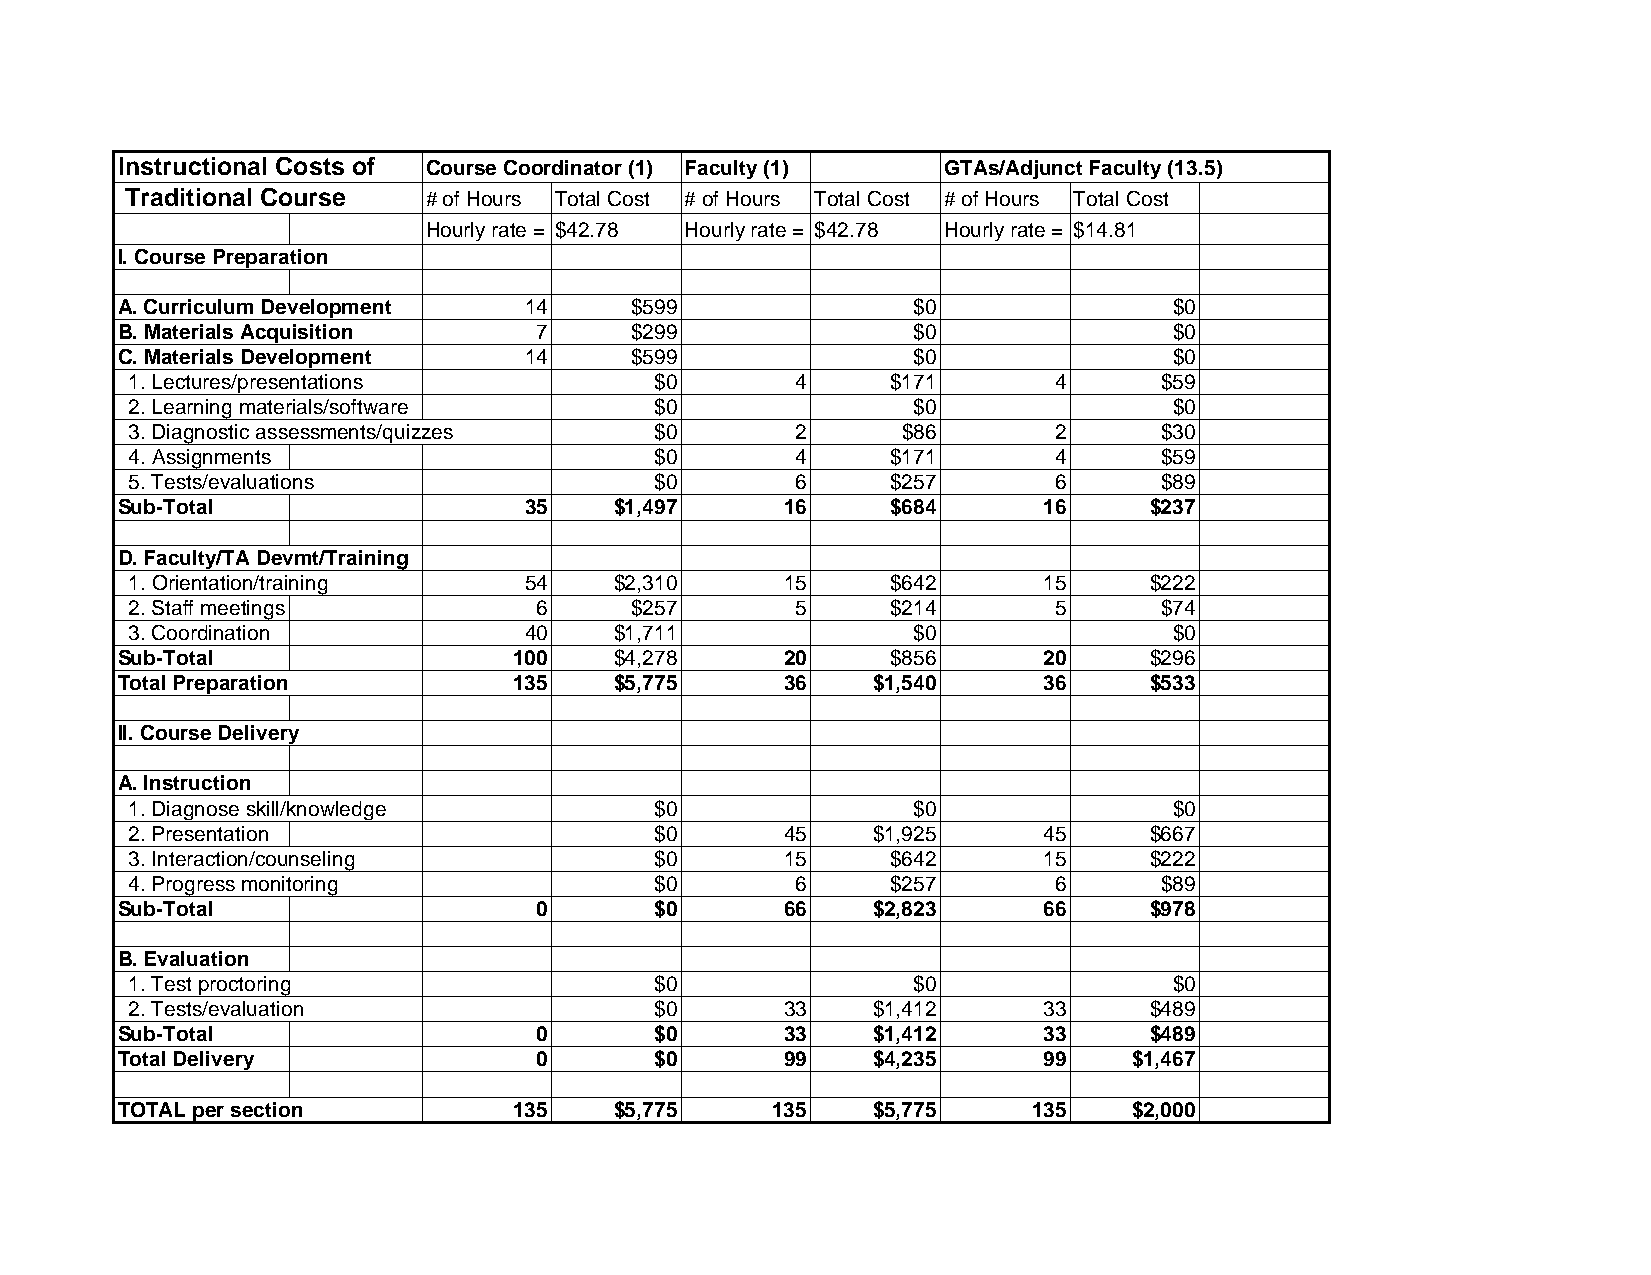
Instructional Costs of Course Coordinator (1) Faculty (1) GTAs/Adjunct Faculty (13.5)
 Traditional Course  # of Hours Total Cost # of Hours Total Cost # of Hours Total Cost
 Hourly rate = $42.78 Hourly rate = $42.78 Hourly rate = $14.81
 I. Course Preparation
 A. Curriculum Development  14     $599              $0                $0
 B. Materials Acquisition   7      $299              $0                $0
 C. Materials Development   14     $599              $0                $0
 1. Lectures/presentations         $0        4     $171       4      $59
 2. Learning materials/software    $0               $0                $0
 3. Diagnostic assessments/quizzes $0        2      $86       2      $30
 4. Assignments                    $0        4     $171       4      $59
 5. Tests/evaluations              $0        6     $257       6      $89
 Sub-Total                  35    $1,497     16     $684      16     $237
 D. Faculty/TA Devmt/Training
 1. Orientation/training   54    $2,310     15     $642      15     $222
 2. Staff meetings         6      $257       5     $214       5      $74
 3. Coordination           40    $1,711             $0                $0
 Sub-Total                 100    $4,278     20     $856      20     $296
 Total Preparation         135    $5,775     36    $1,540     36     $533
 II. Course Delivery
 A. Instruction
 1. Diagnose skill/knowledge       $0               $0                $0
 2. Presentation                   $0       45    $1,925     45     $667
 3. Interaction/counseling         $0       15     $642      15     $222
 4. Progress monitoring            $0        6     $257       6      $89
 Sub-Total                  0       $0       66    $2,823     66     $978
 B. Evaluation
 1. Test proctoring                $0               $0                $0
 2. Tests/evaluation               $0       33    $1,412     33     $489
 Sub-Total                  0       $0       33    $1,412     33     $489
 Total Delivery             0       $0       99    $4,235     99    $1,467
 TOTAL per section         135    $5,775    135    $5,775    135    $2,000